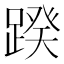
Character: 䠏